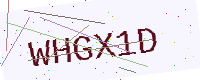
Text: WHGX1D